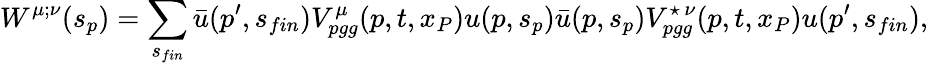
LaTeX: W^{\mu;\nu}(s_{p})=\sum_{s_{fin}}\bar{u}(p^{\prime},s_{fin})V_{pgg}^{\mu}(p,t,x_{P})u(p,s_{p})\bar{u}(p,s_{p})V_{pgg}^{\star\, \nu}(p,t,x_{P})u(p^{\prime},s_{fin}),